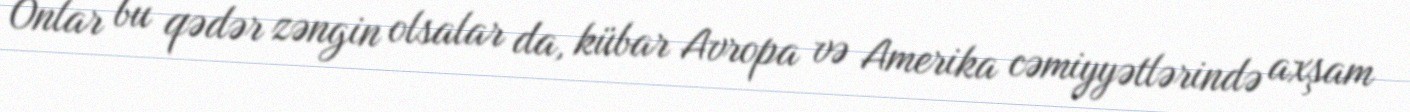
Onlar bu qədər zəngin olsalar da, kübar Avropa və Amerika cəmiyyətlərində axşam